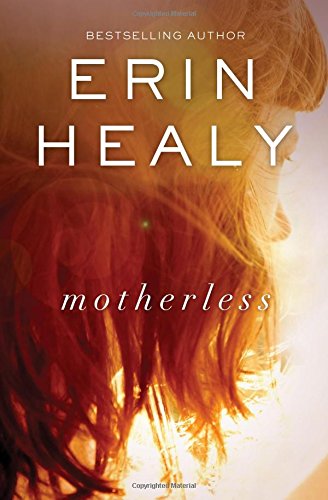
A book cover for Motherless; Erin Healy; Science Fiction & Fantasy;